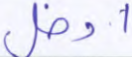
ادخل